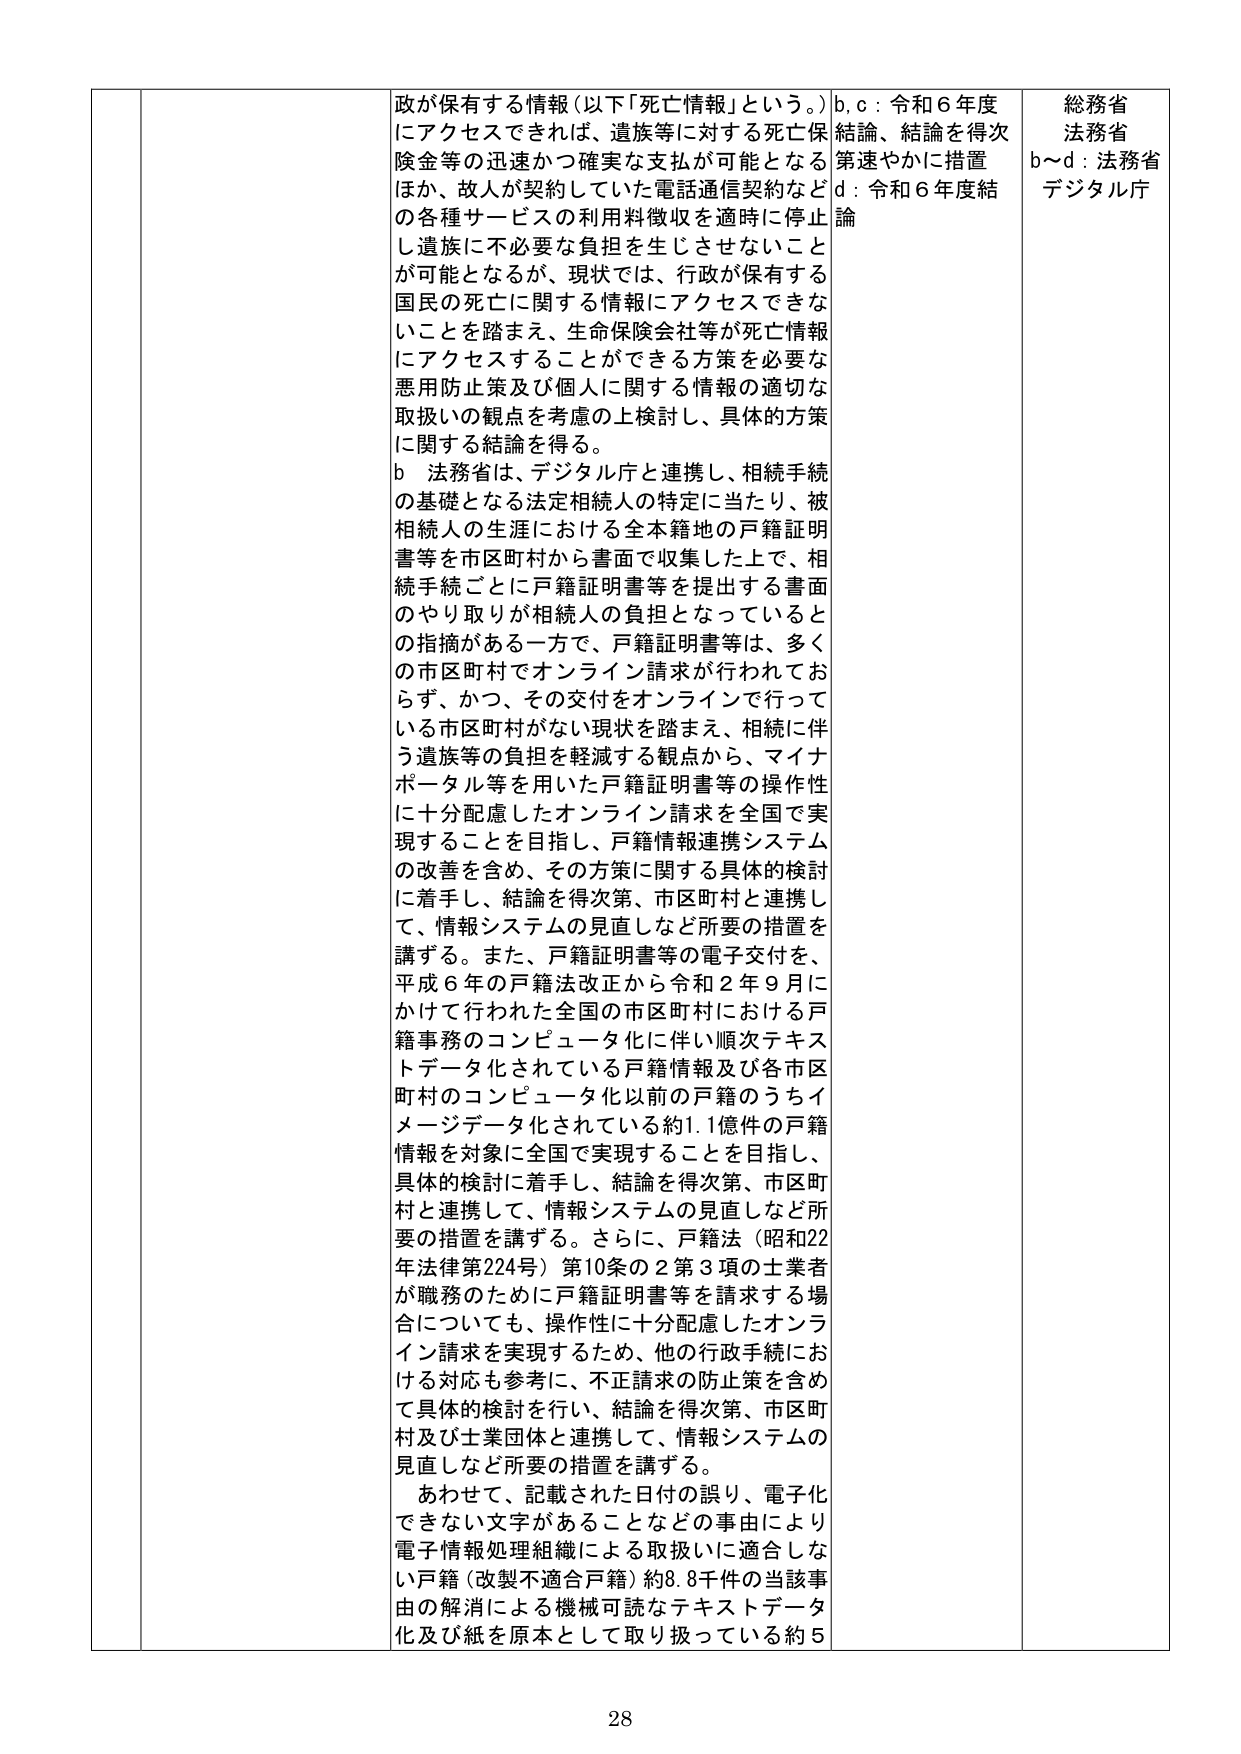
政が保有する情報（以下「死亡情報」という。）にアクセスできれば、遺族等に対する死亡保険金等の迅速かつ確実な支払が可能となるほか、故人が契約していた電話通信契約など の各種サービスの利用料徴収を適時に停止し遺族に不必要な負担を生じさせないことが可能となるが、現状では、行政が保有する国民の死亡に関する情報にアクセスできないことを踏まえ、生命保険会社等が死亡情報にアクセスすることができる方策を必要な悪用防止策及び個人に関する情報の適切な取扱いの観点を考慮の上検討し、具体的方策に関する結論を得る。

b 法務省は、デジタル庁と連携し、相続手続の基礎となる法定相続人の特定に当たり、被相続人の生涯における全本籍地の戸籍証明書等を市区町村から書面で収集した上で、相続手続ごとに戸籍証明書等を提出する書面のやり取りが相続人の負担となっているとの指摘がある一方で、戸籍証明書等は、多くの市区町村でオンライン請求が行われておらず、かつ、その交付をオンラインで行っている市区町村がない現状を踏まえ、相続に伴う遺族等の負担を軽減する観点から、マイナポータル等を用いた戸籍証明書等の操作性に十分配慮したオンライン請求を全国で実現することを目指し、戸籍情報連携システムの改善を含め、その方策に関する具体的検討に着手し、結論を得次第、市区町村と連携して、情報システムの見直しなど所要の措置を講ずる。また、戸籍証明書等の電子交付を、平成６年の戸籍法改正から令和２年９月にかけて行われた全国の市区町村における戸籍事務のコンピュータ化に伴い順次テキストデータ化されている戸籍情報及び各市区町村のコンピュータ化以前の戸籍のうちイメージデータ化されている約1.1億件の戸籍情報を対象に全国で実現することを目指し、具体的検討に着手し、結論を得次第、市区町村と連携して、情報システムの見直しなど所要の措置を講ずる。さらに、戸籍法（昭和22年法律第224号）第10条の2第3項の士業者が職務のために戸籍証明書等を請求する場合についても、操作性に十分配慮したオンライン請求を実現するため、他の行政手続における対応も参考に、不正請求の防止策を含めて具体的検討を行い、結論を得次第、市区町村及び士業団体と連携して、情報システムの見直しなど所要の措置を講ずる。

あわせて、記載された日付の誤り、電子化できない文字があることなどの事由により電子情報処理組織による取扱いに適合しない戸籍（改製不適合戸籍）約8.8千件の当該事由の解消による機械可読なテキストデータ化及び紙を原本として取り扱っている約5

b, c : 令和６年度結論、結論を得次第速やかに措置
d : 令和６年度結論

総務省
法務省
b～d : 法務省
デジタル庁

28